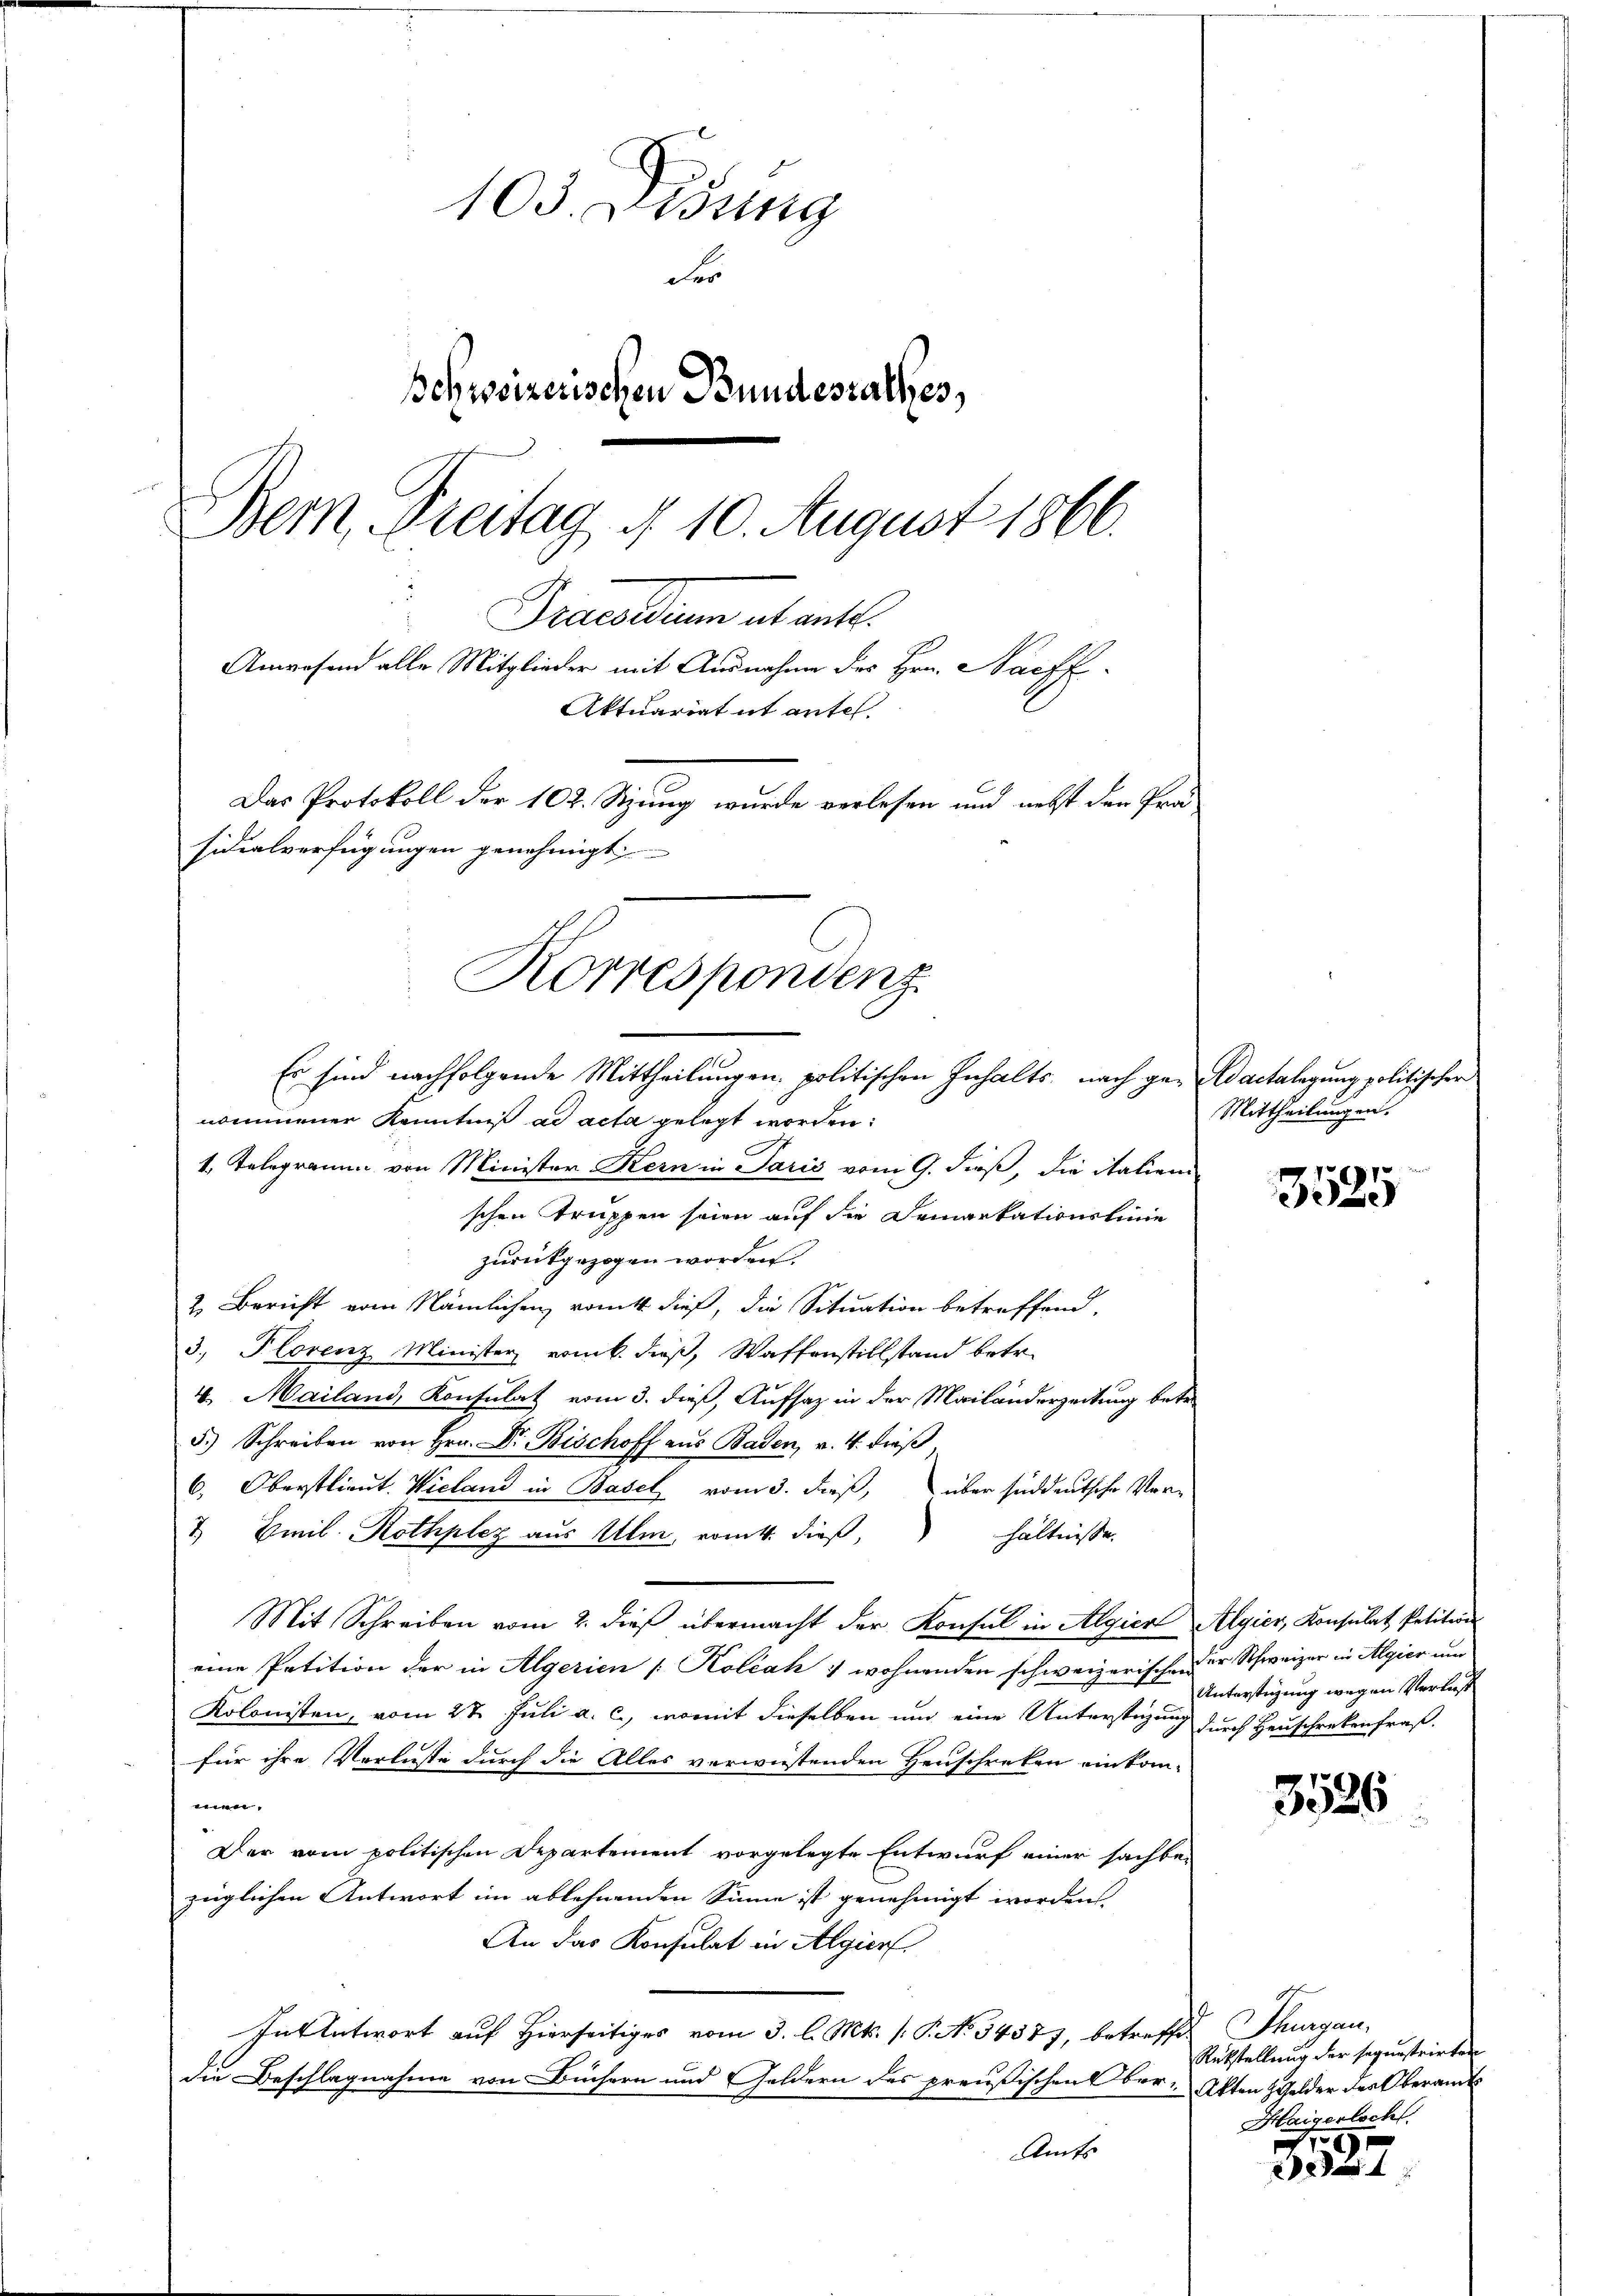
103. Lessing
der
schweizerischen Bundesrathes,
Dem Freitag d. 10. August 1866.
Praesiduum ab antt.
Anwesend alle Mitglieder mit Ausnahme des Hrn. Nacff-
Aktuariat it antel
Das Protokoll der 102. Sitzung wurde verlesen und nebst der Prä-
sidialverfügungen genehmigt

Korrespondenz.
Es sind nachfolgende Mittheilungen politischen Inhalts, nach gar actalagung politischer

nommener Kenntniß ad acta gelegt worden:
1. Telegramm von Minister Kern in Paris vom 9. dieß, die italien
schen Truppen seien auf die Demarkationslinie
zurückgezogen worden.
2. Bericht vom Nämlichen rankt dieß, die Situation betreffend.
3. Florenz-Minister vom k. dieß, Waffenstillstand betr.
4. Mailand, Konsulat vom 3. dieß, Aufsaz in der Mailänderzeitung betr.
5.) Schreiben von Hrn. Dr. Bischoff aus Baden, v. 4. dieß
6, Oberstlieut. Wieland in Basel vom 3. dieß, über süddeutsche Ver¬
7 Emil Rothplez aus Ulm, romtt. dieß,
hältnisse.
Mit Schreiben vom 2. dieß übermacht der Konsul in Algien Algier, Konsulat Petition
eine Petition der in Algerien [Koléah 7 wohnenden schweizerischen er Schweizer in Algier um
Kolonisten, vom 27 Juli a. c., womit dieselben und eine Unterstüzung
für ihre Verluste durch die Alles verwüstenden Heuschreken einkom-
men.
Der vom politischen Departement vorgelegte Entwurf einer sachbezüglichen Antwort im ablehnenden Sinne ist genehmigt worden.
An das Konsulat in Algier
In Antwort auf Hierseitiges vom 3. l. Mts. (: P. No 34587, betreffe
die Beschlagnahme von Büchern und Geldern des preußischen Ober-Akten Gelder des Oberamt
Amts

Mittheilungen.

3525

Unterstigung wegen Verlas
durch Heuschreckenfraß.

3526

Thurgau.
Rükstellung der segunstrirten
Haigertoch

de